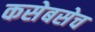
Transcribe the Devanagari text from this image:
कसेबसेच